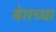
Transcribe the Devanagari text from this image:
बेगच्या